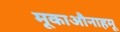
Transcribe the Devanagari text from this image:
मूकाऔनाहमू